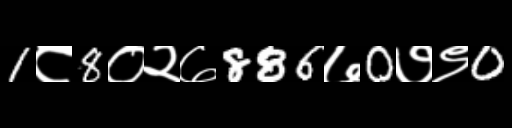
Text: 1८8०२७886७0७९0